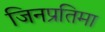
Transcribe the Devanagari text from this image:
जिनप्रतिमा